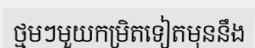
ថ្មមៗមួយកម្រិតទៀតមុននឹង